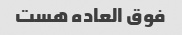
فوق العاده هست